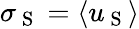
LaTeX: \sigma_{\mathrm{~S~}}=\langle u_{\mathrm{~S~}}\rangle